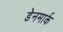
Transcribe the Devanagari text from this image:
डेेनमार्क